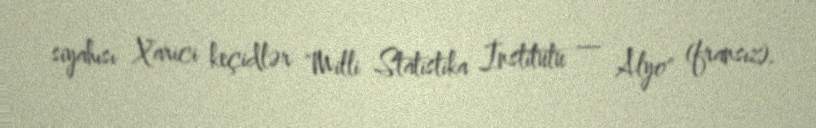
siyahısı Xarici keçidlər "Milli Statistika İnstitutu — Alyo" (fransız).